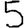
Digit: 5